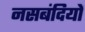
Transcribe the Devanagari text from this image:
नसबंदियों